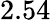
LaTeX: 2.54